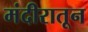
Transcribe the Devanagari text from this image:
मंदीरातून